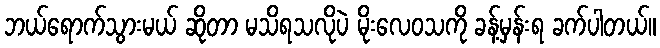
ဘယ်ရောက်သွားမယ် ဆိုတာ မသိရသလိုပဲ မိုးလေဝသကို ခန့်မှန်းရ ခက်ပါတယ်။